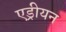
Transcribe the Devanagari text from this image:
एड्रीयन